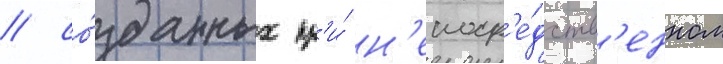
/ со́зданных пр'и́ н'епоср'е́дств'енном